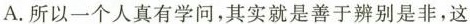
A.所以一个人真有学问，其实就是善于辨别是非，这